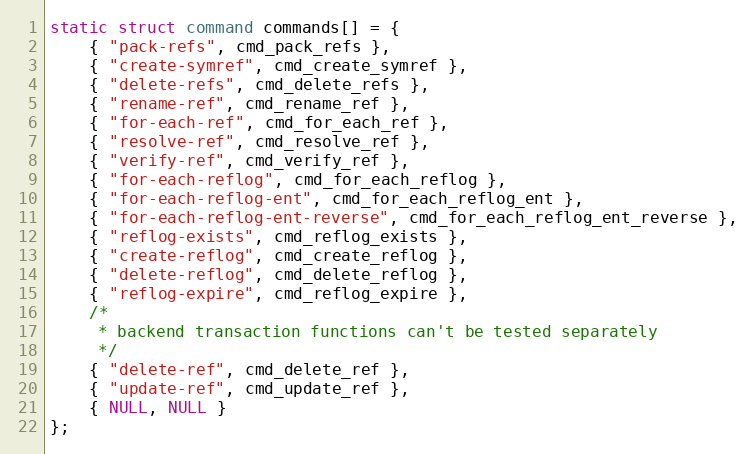
Language: C
static struct command commands[] = {
	{ "pack-refs", cmd_pack_refs },
	{ "create-symref", cmd_create_symref },
	{ "delete-refs", cmd_delete_refs },
	{ "rename-ref", cmd_rename_ref },
	{ "for-each-ref", cmd_for_each_ref },
	{ "resolve-ref", cmd_resolve_ref },
	{ "verify-ref", cmd_verify_ref },
	{ "for-each-reflog", cmd_for_each_reflog },
	{ "for-each-reflog-ent", cmd_for_each_reflog_ent },
	{ "for-each-reflog-ent-reverse", cmd_for_each_reflog_ent_reverse },
	{ "reflog-exists", cmd_reflog_exists },
	{ "create-reflog", cmd_create_reflog },
	{ "delete-reflog", cmd_delete_reflog },
	{ "reflog-expire", cmd_reflog_expire },
	/*
	 * backend transaction functions can't be tested separately
	 */
	{ "delete-ref", cmd_delete_ref },
	{ "update-ref", cmd_update_ref },
	{ NULL, NULL }
};